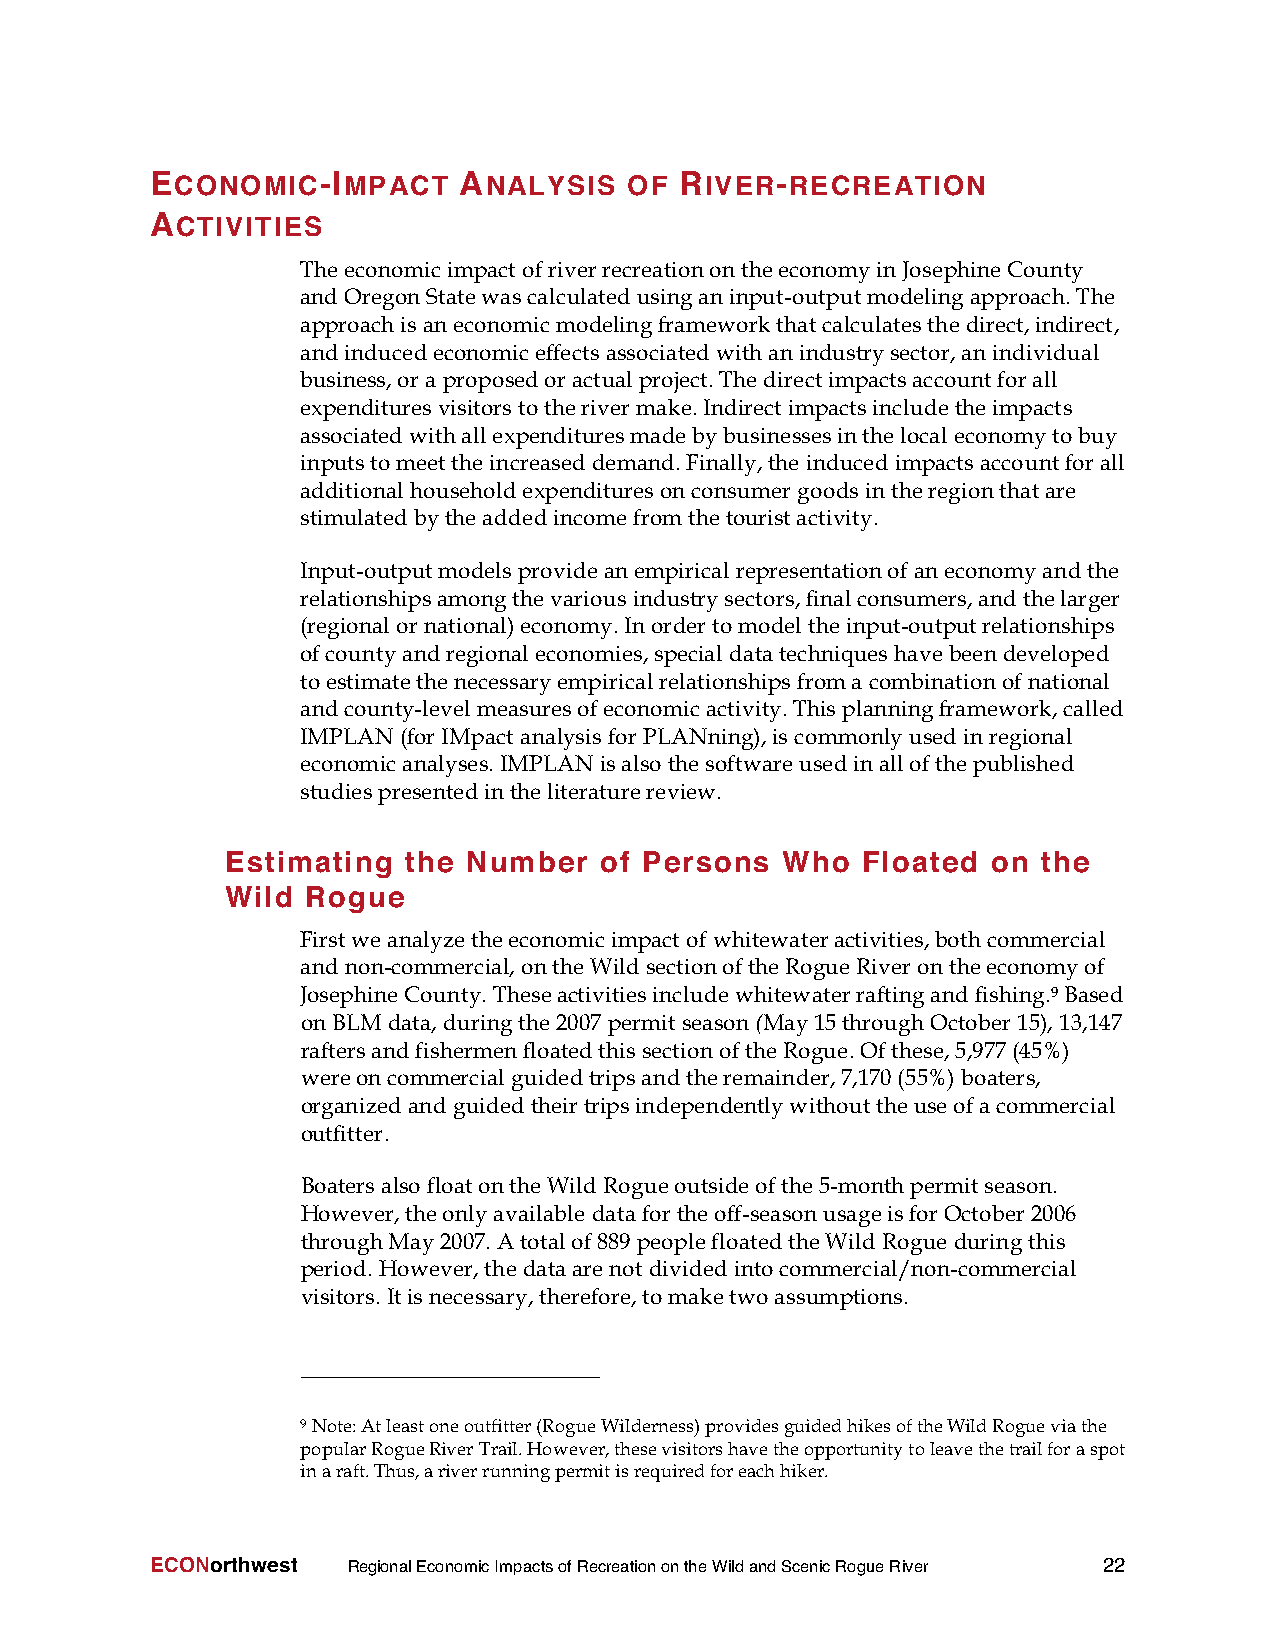
ECONOMIC-IMPACT     ANALYSIS    OF RIVER-RECREATION
 ACTIVITIES
 TheeconomicimpactofriverrecreationontheeconomyinJosephineCounty
 andOregonStatewascalculatedusinganinput-outputmodelingapproach.The
 approachisaneconomicmodelingframeworkthatcalculatesthedirect,indirect,
 andinducedeconomiceffectsassociatedwithanindustrysector,anindividual
 business,ora proposedoractualproject.Thedirectimpactsaccountforall
 expenditures visitorstotherivermake.Indirectimpactsincludetheimpacts
 associatedwithallexpendituresmadebybusinessesinthelocaleconomytobuy
 inputstomeettheincreaseddemand.Finally,the inducedimpactsaccountforall
 additional householdexpendituresonconsumergoodsintheregionthatare
 stimulatedbytheaddedincomefromthetouristactivity.
 Input-outputmodelsprovideanempiricalrepresentationofaneconomyandthe
 relationshipsamongthevariousindustrysectors,finalconsumers,andthelarger
 (regionalornational)economy.Inordertomodeltheinput-outputrelationships
 ofcountyandregionaleconomies,specialdatatechniqueshavebeendeveloped
 toestimatethenecessaryempiricalrelationshipsfroma combinationofnational
 andcounty-levelmeasuresofeconomicactivity.Thisplanningframework,called
 IMPLAN(forIMpactanalysisforPLANning),iscommonly usedinregional
 economicanalyses.IMPLANisalsothesoftwareusedinallofthepublished
 studiespresentedintheliteraturereview.
 Estimating  the Number   of Persons  Who  Floated  on the
 Wild Rogue
 Firstweanalyzetheeconomicimpactofwhitewateractivities,bothcommercial
 andnon-commercial,ontheWildsectionoftheRogueRiverontheeconomyof
 JosephineCounty.Theseactivitiesincludewhitewaterraftingandfishing.9Based
 onBLM data, duringthe2007 permitseason(May15through October15),13,147
 raftersandfishermenfloatedthissectionoftheRogue.Ofthese,5,977(45%)
 wereoncommercialguidedtripsandtheremainder,7,170 (55%)boaters,
 organizedandguidedtheirtripsindependentlywithouttheuseofa commercial
 outfitter.
 BoatersalsofloatontheWildRogueoutsideofthe5-monthpermitseason.
 However,theonlyavailable datafortheoff-seasonusageisforOctober2006
 throughMay2007.Atotalof889 peoplefloatedtheWildRogue duringthis
 period. However,thedataarenot dividedintocommercial/non-commercial
 visitors.Itisnecessary,therefore,tomaketwoassumptions.
 9Note:Atleastoneoutfitter(RogueWilderness)providesguidedhikesoftheWildRogueviathe
 popularRogueRiverTrail.However,thesevisitorshavetheopportunitytoleavethetrailforaspot
 inaraft.Thus,ariverrunningpermitisrequiredforeachhiker.
 ECONorthwest RegionalEconomicImpactsofRecreationontheWildandScenicRogueRiver 22